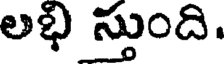
లభి స్తుంది.